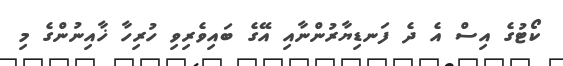
ކޯޓުގެ އިސް އެ ދެ ފަނޑިޔާރުންނާއި އޭގެ ބައިވެރިވި ހުރިހާ ޚާއިނުންގެ މި